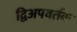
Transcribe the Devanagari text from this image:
द्विअपवर्तक